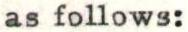
as follows: